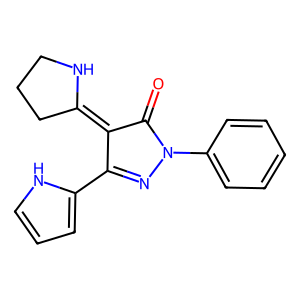
SMILES: O=C1C(=C2CCCN2)C(c2ccc[nH]2)=NN1c1ccccc1
Inhibits HIV replication: No